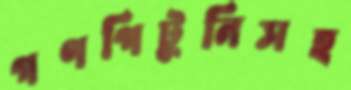
গণপিটুনিসহ